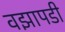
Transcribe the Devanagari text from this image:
वझापडी